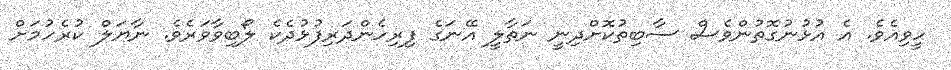
ހީވިއެވެ. އެ އުޅުނުގޮތުންވެސް ސާބިތުކޮށްދިނީ ނަތާލީ އޭނަގެ ފިރިހެންދަރިފުޅުދެކެ ލޯބިވާވަރެވެ. ނާޔަލް ކުރެހުމަށް